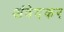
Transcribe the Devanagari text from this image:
अंवेदकर